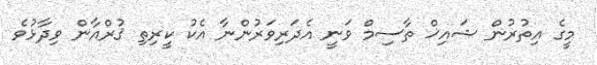
މީގެ އިތުރުން ޝައިޚް ތާސިމް ވަނީ އެދަރިވަރުންނާ އެކު ކީރިތި ޤުރްއާން ވިދާޅުވެ